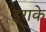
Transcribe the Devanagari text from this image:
इराके